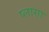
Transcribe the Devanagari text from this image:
प्लास़ा